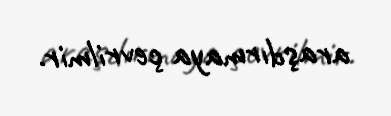
araşdırmaya çevrilmir.